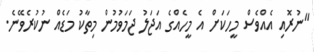
"ނުރޮއި އެއްވެސް މީހަކަށް އެ މީހެއްގެ އަޖަލު ޖަމަވުމުން މިތާކު މަޑެއް ނުކުރެވޭނެ.